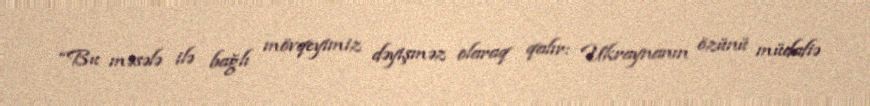
“Bu məsələ ilə bağlı mövqeyimiz dəyişməz olaraq qalır: Ukraynanın özünü müdafiə